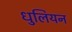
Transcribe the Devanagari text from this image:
धुलियन